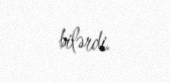
bilərdi.